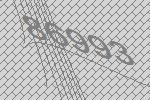
86993